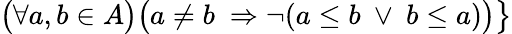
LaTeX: {\big(}\forall a,b\in A{\big)}{\big(}a\neq b\ \Rightarrow\neg(a\leq b\ \vee\ b\leq a){\big)}{\big\} }